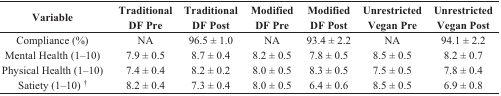
| Variable | Traditional DF Pre | Traditional DF Post | Modified DF Pre | Modified DF Post | Unrestricted Vegan Pre | Unrestricted Vegan Post |
 | --- | --- | --- | --- | --- | --- | --- |
 | Compliance (%) | NA | 96.5 ± 1.0 | NA | 93.4 ± 2.2 | NA | 94.1 ± 2.2 |
 | Mental Health (1–10) | 7.9 ± 0.5 | 8.7 ± 0.4 | 8.2 ± 0.5 | 7.8 ± 0.5 | 8.5 ± 0.5 | 8.2 ± 0.7 |
 | Physical Health (1–10) | 7.4 ± 0.4 | 8.2 ± 0.2 | 8.0 ± 0.5 | 8.3 ± 0.5 | 7.5 ± 0.5 | 7.8 ± 0.4 |
 | Satiety (1–10) † | 8.2 ± 0.4 | 7.3 ± 0.4 | 8.0 ± 0.5 | 6.4 ± 0.6 | 8.5 ± 0.5 | 6.9 ± 0.8 |